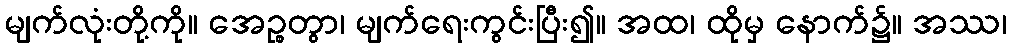
မျက်လုံးတို့ကို။ အေဉ္စတွာ၊ မျက်ရေးကွင်းပြီး၍။ အထ၊ ထိုမှ နောက်၌။ အဿ၊